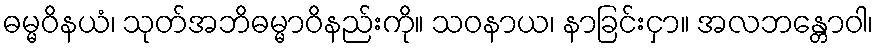
ဓမ္မဝိနယံ၊ သုတ်အဘိဓမ္မာဝိနည်းကို။ သဝနာယ၊ နာခြင်းငှာ။ အလဘန္တောဝါ၊